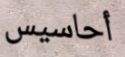
أحاسيس